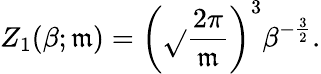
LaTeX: Z_{1}(\beta;\mathfrak{m})=\left(\sqrt{}{{\frac{{2\pi}}{{\mathfrak{m}}}}}\right)^{3}\beta^{-\frac{{3}}{{2}}}.